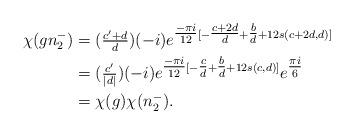
LaTeX: \begin{align*}\chi(gn_2^-)&= (\tfrac{c'+d}{d} )(-i) e^{\tfrac{-\pi i}{12}[-\tfrac{c+2d}{d}+\tfrac{b}{d}+12s(c+2d,d)]}\\&= (\tfrac{c'}{|d|} )(-i) e^{\tfrac{-\pi i}{12}[-\tfrac{c}{d}+\tfrac{b}{d}+12s(c,d)]}e^{\tfrac{\pi i}{6}}\\&=\chi(g)\chi(n_2^-). \end{align*}